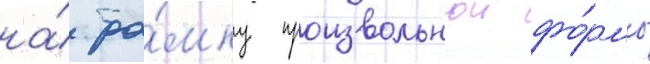
на́ ра́мку произвольнои фо́рмы